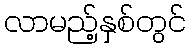
လာမည့်နှစ်တွင်